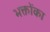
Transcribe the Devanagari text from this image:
भक्तोंका